Annual statistical returns and brief notes on vaccination in Bengal - 1909-1929
Year: 1909
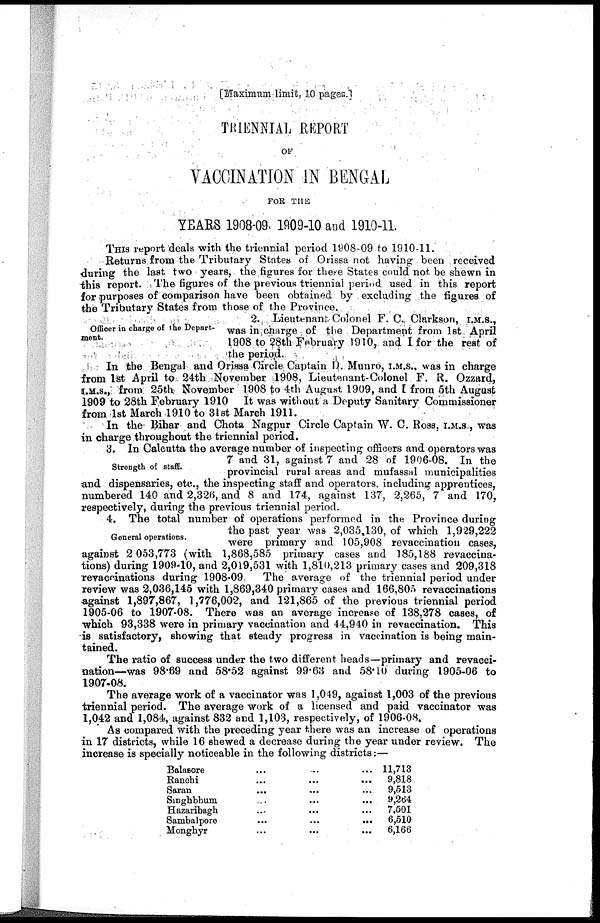
[Maximum limit, 10 pages.]
TRIENNIAL REPORT
OF
VACCINATION IN BENGAL
FOR THE
YEARS 1908-09, 1909-10 and 1910-11.
THIS report deals with the triennial period 1908-09 to 1910-11.
Returns from the Tributary States of Orissa not having been received
during the last two years, the figures for these States could not be shewn in
this report. The figures of the previous triennial period used in this report
for purposes of comparison have been obtained by excluding the figures of
the Tributary States from those of the Province.
Officer in charge of the Depart¬
ment.
2. Lieutenant Colonel F. C. Clarkson, I.M.S.,
was in charge of the Department from 1st April
1908 to 28th February 1910, and I for the rest of
the period.
In the Bengal and Orissa Circle Captain D. Munro, I.M.S., was in charge
from 1st April to 24th November 1908, Lieutenant-Colonel F. R. Ozzard,
I.M.S., from 25th November 1908 to 4th August 1909, and I from 5th August
1909 to 28th February 1910 It was without a Deputy Sanitary Commissioner
from 1st March 1910 to 31st March 1911.
In the Bihar and Chota Nagpur Circle Captain W. C. Ross, I.M.S., was
in charge throughout the triennial period.
Strength of staff.
3. In Calcutta the average number of inspecting officers and operators was
7 and 31, against 7 and 28 of 1906-08. In the
provincial rural areas and mufassal municipalities
and dispensaries, etc., the inspecting staff and operators, including apprentices,
numbered 140 and 2,326, and 8 and 174, against 137, 2,265, 7 and 170,
respectively, during the previous triennial period.
General operations.
4. The total number of operations performed in the Province during
the past year was 2,035,130, of which 1,929,222
were primary and 105,908 revaccination cases,
against 2 053,773 (with 1,868,585 primary cases and 185,188 revaccina-
tions) during 1909-10, and 2,019,531 with 1,810,213 primary cases and 209,318
revaccinations during 1908-09. The average of the triennial period under
review was 2,036,145 with 1,869,340 primary cases and 166,805 revaccinations
against 1,897,867, 1,776,002, and 121,865 of the previous triennial period
1905-06 to 1907-08. There was an average increase of 138,278 cases, of
which 93,338 were in primary vaccination and 44,940 in revaccination. This
is satisfactory, showing that steady progress in vaccination is being main-
tained.
The ratio of success under the two different heads—primary and revacci-
nation—was 98.69 and 58.52 against 99.63 and 58.10 during 1905-06 to
1907-08.
The average work of a vaccinator was 1,049, against 1,003 of the previous
triennial period. The average work of a licensed and paid vaccinator was
1,042 and 1,084, against 832 and 1,103, respectively, of 1906-08.
As compared with the preceding year there was an increase of operations
in 17 districts, while 16 shewed a decrease during the year under review. The
increase is specially noticeable in the following districts:—
Balasore ... ... ...
Ranchi
...
...
...
Saran
...
...
...
Singhbhum ... ... ...
Hazaribagh ... ... ...
Sambalpore
...
...
...
Monghyr
...
...
...
11,713
9,818
9,513
9,264
7,501
6,510
6,166